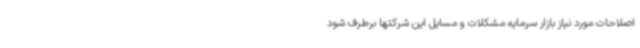
اصلاحات مورد نیاز بازار سرمایه مشکلات و مسایل این شرکتها برطرف شود